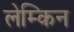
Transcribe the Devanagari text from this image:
लेम्किन